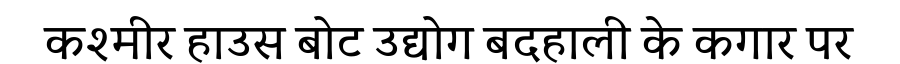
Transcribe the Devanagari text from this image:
कश्मीर हाउस बोट उद्योग बदहाली के कगार पर